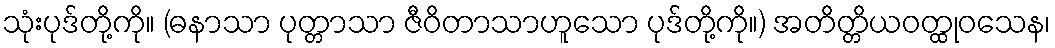
သုံးပုဒ်တို့ကို။ (ဓနာသာ ပုတ္တာသာ ဇီဝိတာသာဟူသော ပုဒ်တို့ကို။) အတိတ္တိယဝတ္ထုဝသေန၊